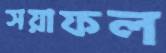
সয়াফল